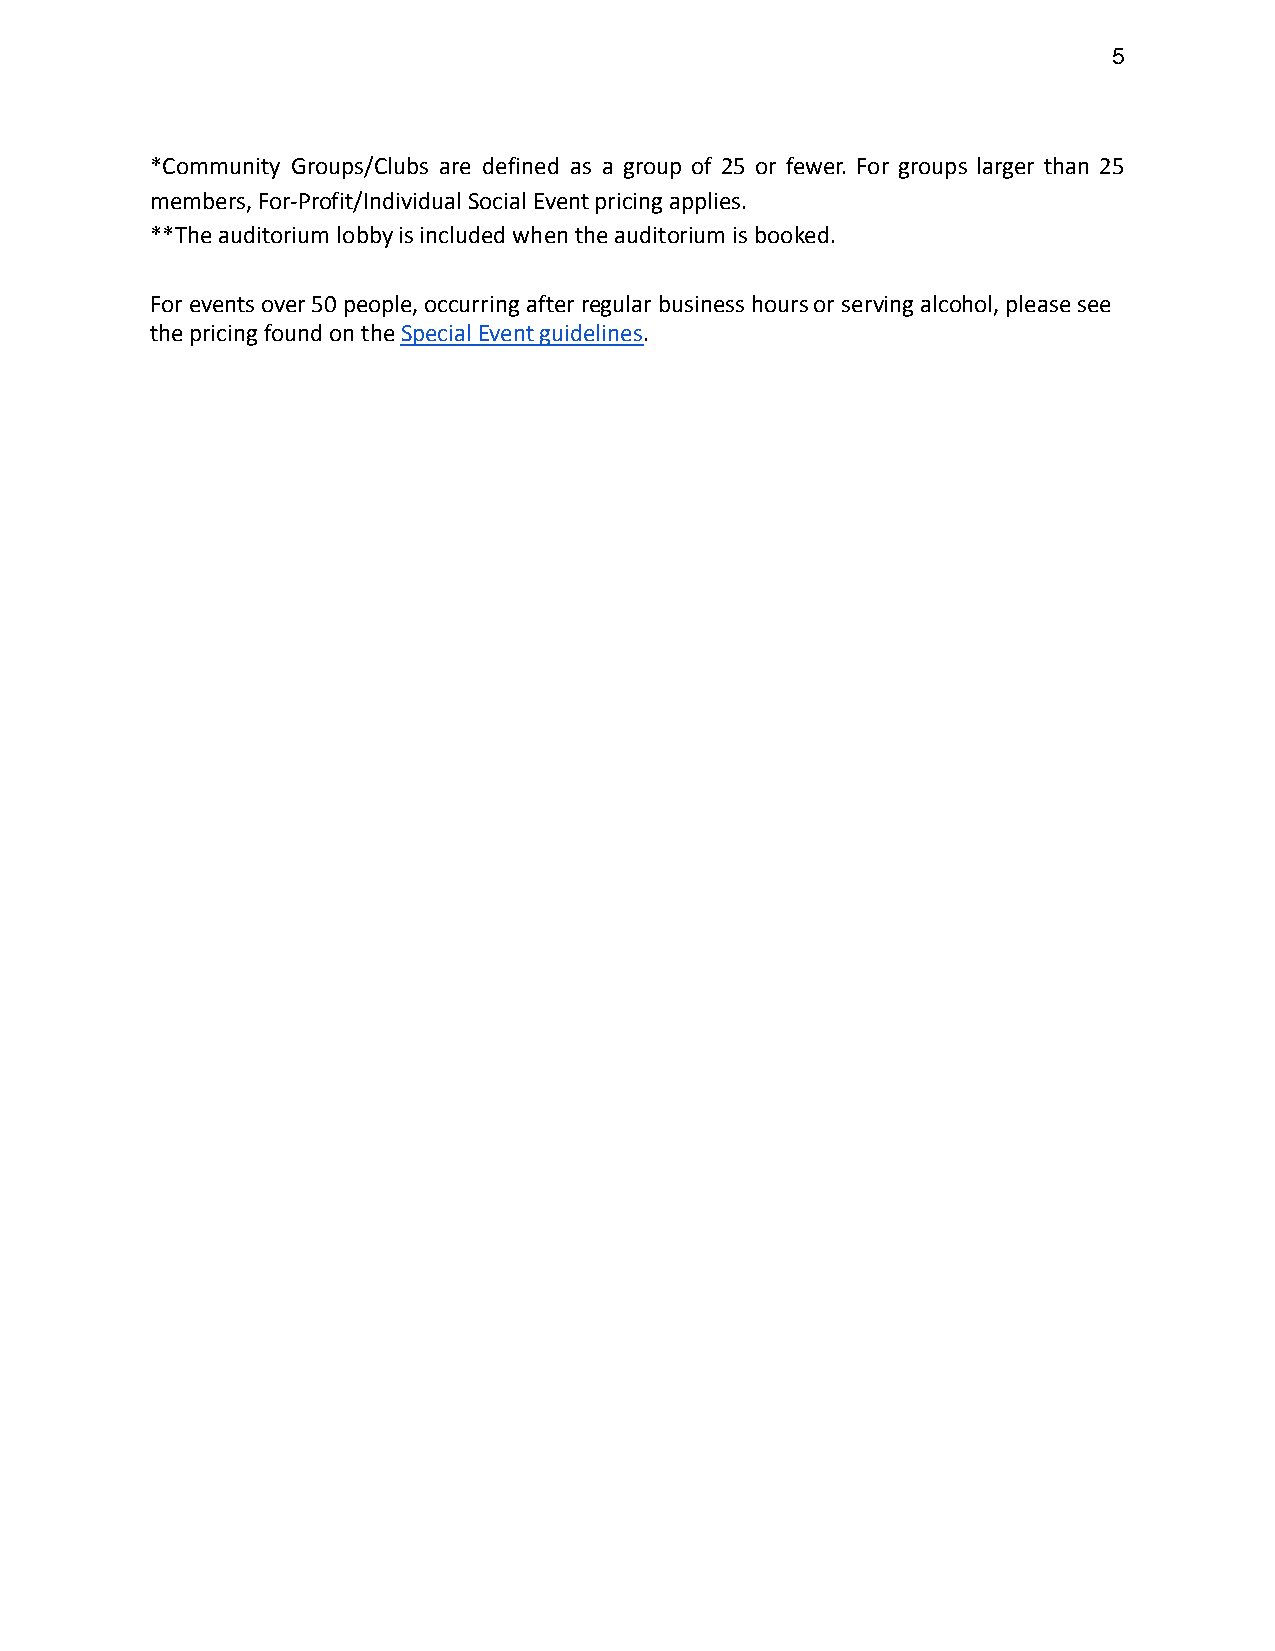
5
 *Community Groups/Clubs are defined as a group of 25 or fewer. For groups larger than 25
 members, For-Profit/Individual Social Event pricing applies.
 **The auditorium lobby is included when the auditorium is booked.
 For events over 50 people, occurring after regular business hours or serving alcohol, please see
 the pricing found on theSpecial Event guidelines.